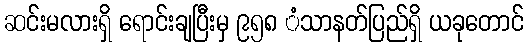
ဆင်းမလားရှိ ရောင်းချပြီးမှ ၉၅၈ ံသာနတ်ပြည်ရှိ ယခုတောင်